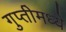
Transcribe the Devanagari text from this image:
गुप्तीमध्ये